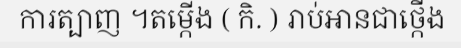
ការត្បាញ ។តម្កើង ( កិ. ) រាប់អានជាថ្កើង